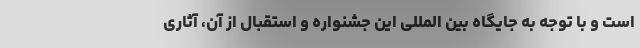
است و با توجه به جایگاه بین المللی این جشنواره و استقبال از آن، آثاری